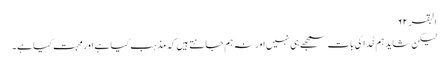
البقر ۶۲
لیکن شاید ہم خُدا کی بات سمجھے ہی نہیں اور نہ ہم جانتے ہیں کہ مذہب کیا ہے اور محبت کیا ہے۔